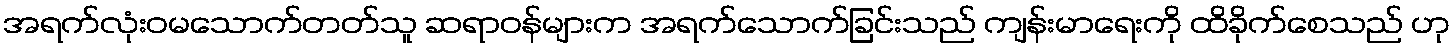
အရက်လုံးဝမသောက်တတ်သူ ဆရာဝန်များက အရက်သောက်ခြင်းသည် ကျန်းမာရေးကို ထိခိုက်စေသည် ဟု